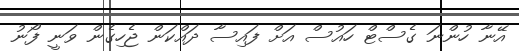
އޭނާ ހުންނަ ގެސްޓް ހައުސް އަށް ފައިސާ ދައްކަން ޖެހިގެން ވަނީ ފޯނު